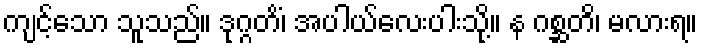
ကျင့်သော သူသည်။ ဒုဂ္ဂတိံ၊ အပါယ်လေးပါးသို့။ န ဂစ္ဆတိ၊ မလားရ။